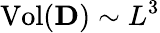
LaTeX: \mathrm{Vol}(\mathbf{D})\sim{L}^{3}